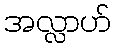
အလ္လာဟ်